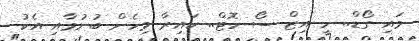
މައި ގޯޑް.. ހީ އިޒް ސޯ ހޮޓް.. ކައިރާ މިހެން ބުނުމާއި އެކު